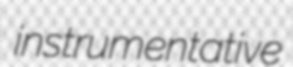
instrumentative